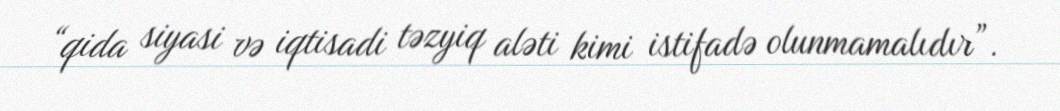
“qida siyasi və iqtisadi təzyiq aləti kimi istifadə olunmamalıdır”.